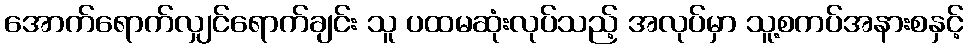
အောက်ရောက်လျှင်ရောက်ချင်း သူ ပထမဆုံးလုပ်သည့် အလုပ်မှာ သူ့စကပ်အနားစနှင့်